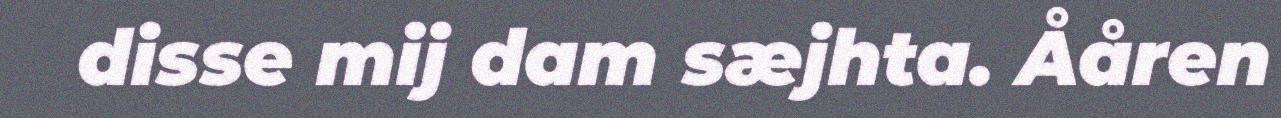
disse mij dam sæjhta. Ååren